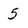
Character: 5